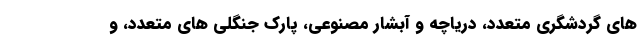
های گردشگری متعدد، دریاچه و آبشار مصنوعی، پارک جنگلی های متعدد، و